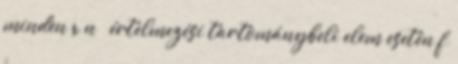
minden x n ε értelmezési tartománybeli elem esetén f